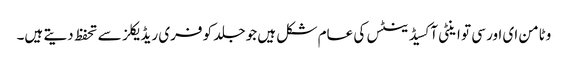
وٹامن ای اور سی تو اینٹی آکسیڈینٹس کی عام شکل ہیں جو جلد کو فری ریڈ یکلز سے تحفظ دیتے ہیں۔